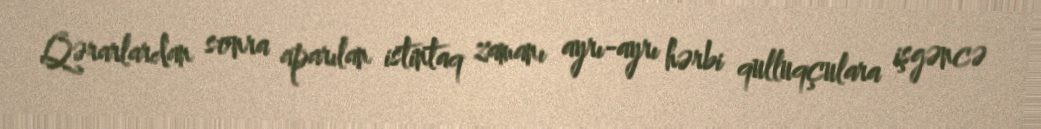
Qərarlardan sonra aparılan istintaq zamanı ayrı-ayrı hərbi qulluqçulara işgəncə